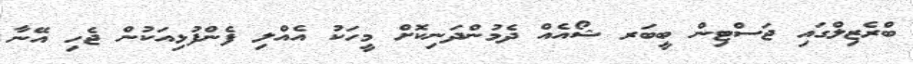
ބްރެޒިލްގައި ޖަސްޓިން ބީބަރ ޝޯއެއް ދެމުންދަނިކޮށް މީހަކު އެއްލި ފެންފުޅިއަކުން ޖެހި އޭނާ